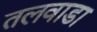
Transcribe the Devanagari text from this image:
तलवाडा